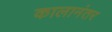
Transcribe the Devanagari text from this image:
कालानंतर